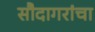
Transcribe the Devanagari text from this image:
सौदागरांचा